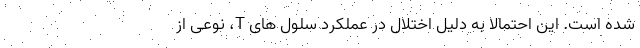
شده است. این احتمالا به دلیل اختلال در عملکرد سلول های T، نوعی از